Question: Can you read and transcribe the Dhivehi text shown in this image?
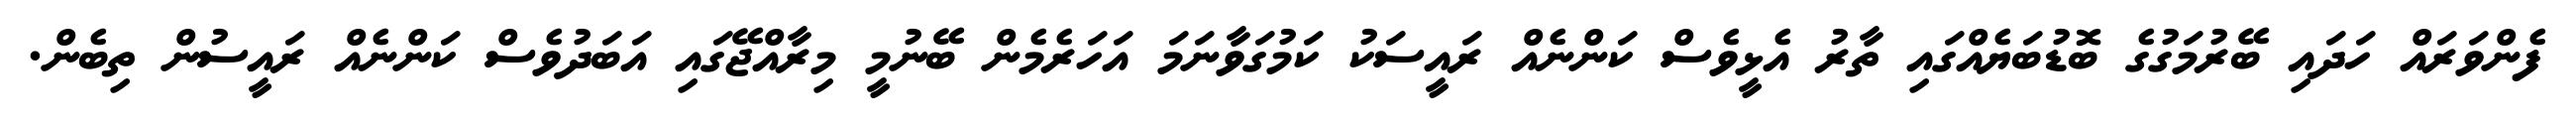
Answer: ފެންވަރައް ހަދައި ބޭރުމަގުގެ ބޮޑުބަޔެއްގައި ތާރު އެޅީވެސް ކަންނެއް ރައީސަކު ކަމުގަވާނަމަ އަހަރެމެން ބޭނުމީ މިރާއްޖޭގައި އަބަދުވެސް ކަންނެއް ރައީސުން ތިބެން.